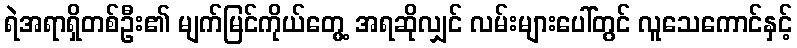
ရဲအရာရှိတစ်ဦး၏ မျက်မြင်ကိုယ်တွေ့ အရဆိုလျှင် လမ်းများပေါ်တွင် လူသေကောင်နှင့်